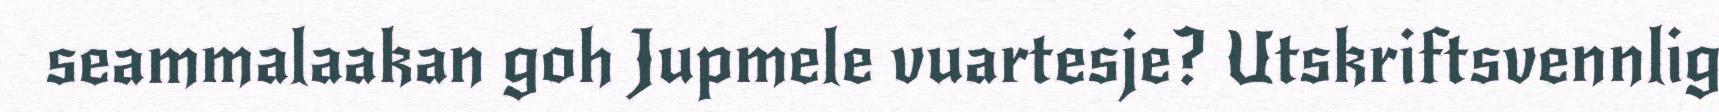
seammalaakan goh Jupmele vuartesje? Utskriftsvennlig